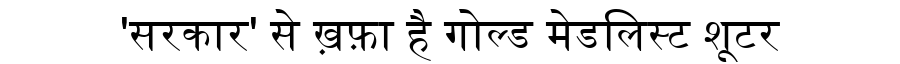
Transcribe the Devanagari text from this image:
'सरकार' से ख़फ़ा है गोल्ड मेडलिस्ट शूटर